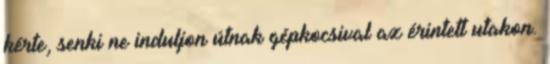
kérte, senki ne induljon útnak gépkocsival az érintett utakon.